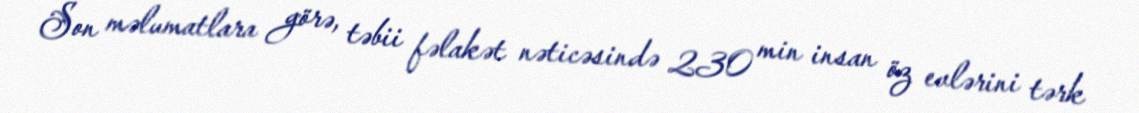
Son məlumatlara görə, təbii fəlakət nəticəsində 230 min insan öz evlərini tərk